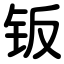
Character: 钣